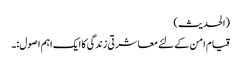
(الحدیث)
قیام امن کے لئے معاشرتی زندگی کا ایک اہم اصول:۔